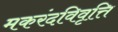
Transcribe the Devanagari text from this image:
मकरंदविवृत्ति